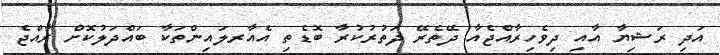
އަދި ރަޝިޔާ އާއި ދިވެހިރާއްޖެއާ ދޭތެރޭ ދަތުރުކުރާ ބޮޑެތި އެއާރލައިންތަކާ ބައްދަލުކޮށް ރާއްޖެ